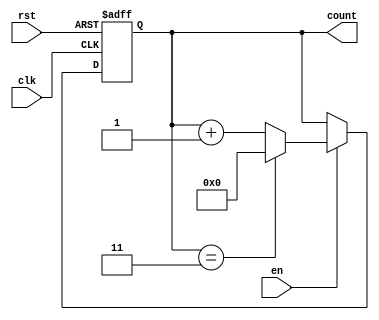
module ModuloN_Up_Counter_with_Enable (
    input wire clk,       // Clock signal
    input wire rst,       // Reset signal
    input wire en,        // Enable signal
    output reg [N-1:0] count  // Output count signal
    );
    
    parameter N = 4;      // Maximum count value
    
    always @(posedge clk or posedge rst) begin
        if (rst) begin
            count <= 0;
        end else begin
            if (en) begin
                if (count == N-1) begin
                    count <= 0;
                end else begin
                    count <= count + 1;
                end
            end
        end
    end
    
endmodule